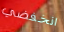
انخفضي